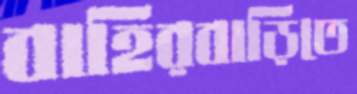
বাহিরবাড়িতে